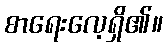
စာရေးလေ့ရှိ၏။